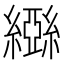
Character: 𬘃